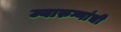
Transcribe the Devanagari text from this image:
ज्यारुग्णांची